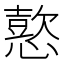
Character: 𢢶